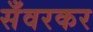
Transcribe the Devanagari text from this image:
सँवरकर